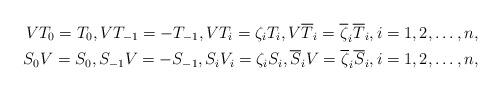
LaTeX: \begin{align*} VT_0 = T_0,VT_{-1} = - T_{-1}, VT_i = \zeta_i T_i, V\overline T_i = \overline\zeta_i \overline T_i, i=1,2,\dots, n,\\ S_0V = S_0,S_{-1}V = - S_{-1}, S_iV_i = \zeta_i S_i, \overline S_i V= \overline\zeta_i \overline S_i, i=1,2,\dots, n, \end{align*}